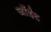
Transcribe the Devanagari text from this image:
जॉईंट